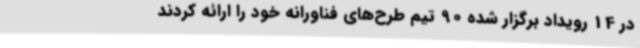
در 14 رویداد برگزار شده 90 تیم طرح‌های فناورانه خود را ارائه کردند